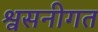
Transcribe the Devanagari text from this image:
श्वसनीगत